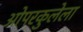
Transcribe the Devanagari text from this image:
ओपरकुलेला